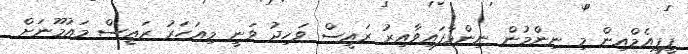
ޕީޕީއެމްއިން މި ނިންމުން ނިންމާފައިވާއިރު ރައީސް ވަހިދު ވަނީ މިއަހަރު ރައީސް މައުމޫނަށް